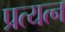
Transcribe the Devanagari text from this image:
प्रत्यत्न